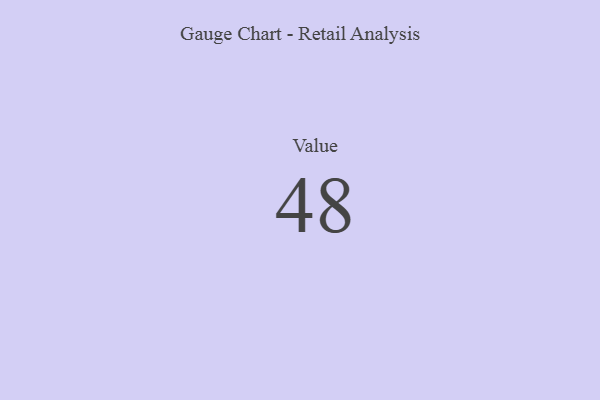
{"axis": {"x": "Metric", "y": "Value"}, "legend": [""], "data": [{"x": "Value", "y": 48, "type": ""}]}